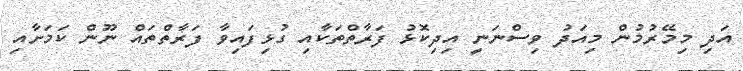
އަދި މިމޭރުމުން މިއަދު ވިސްނަނީ އިދިކޮޅު ފަރާތްތަކާއި ގުޅިފައިވާ ފަރާތްތައް ނޫން ކަމަށާއި